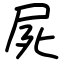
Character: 屍